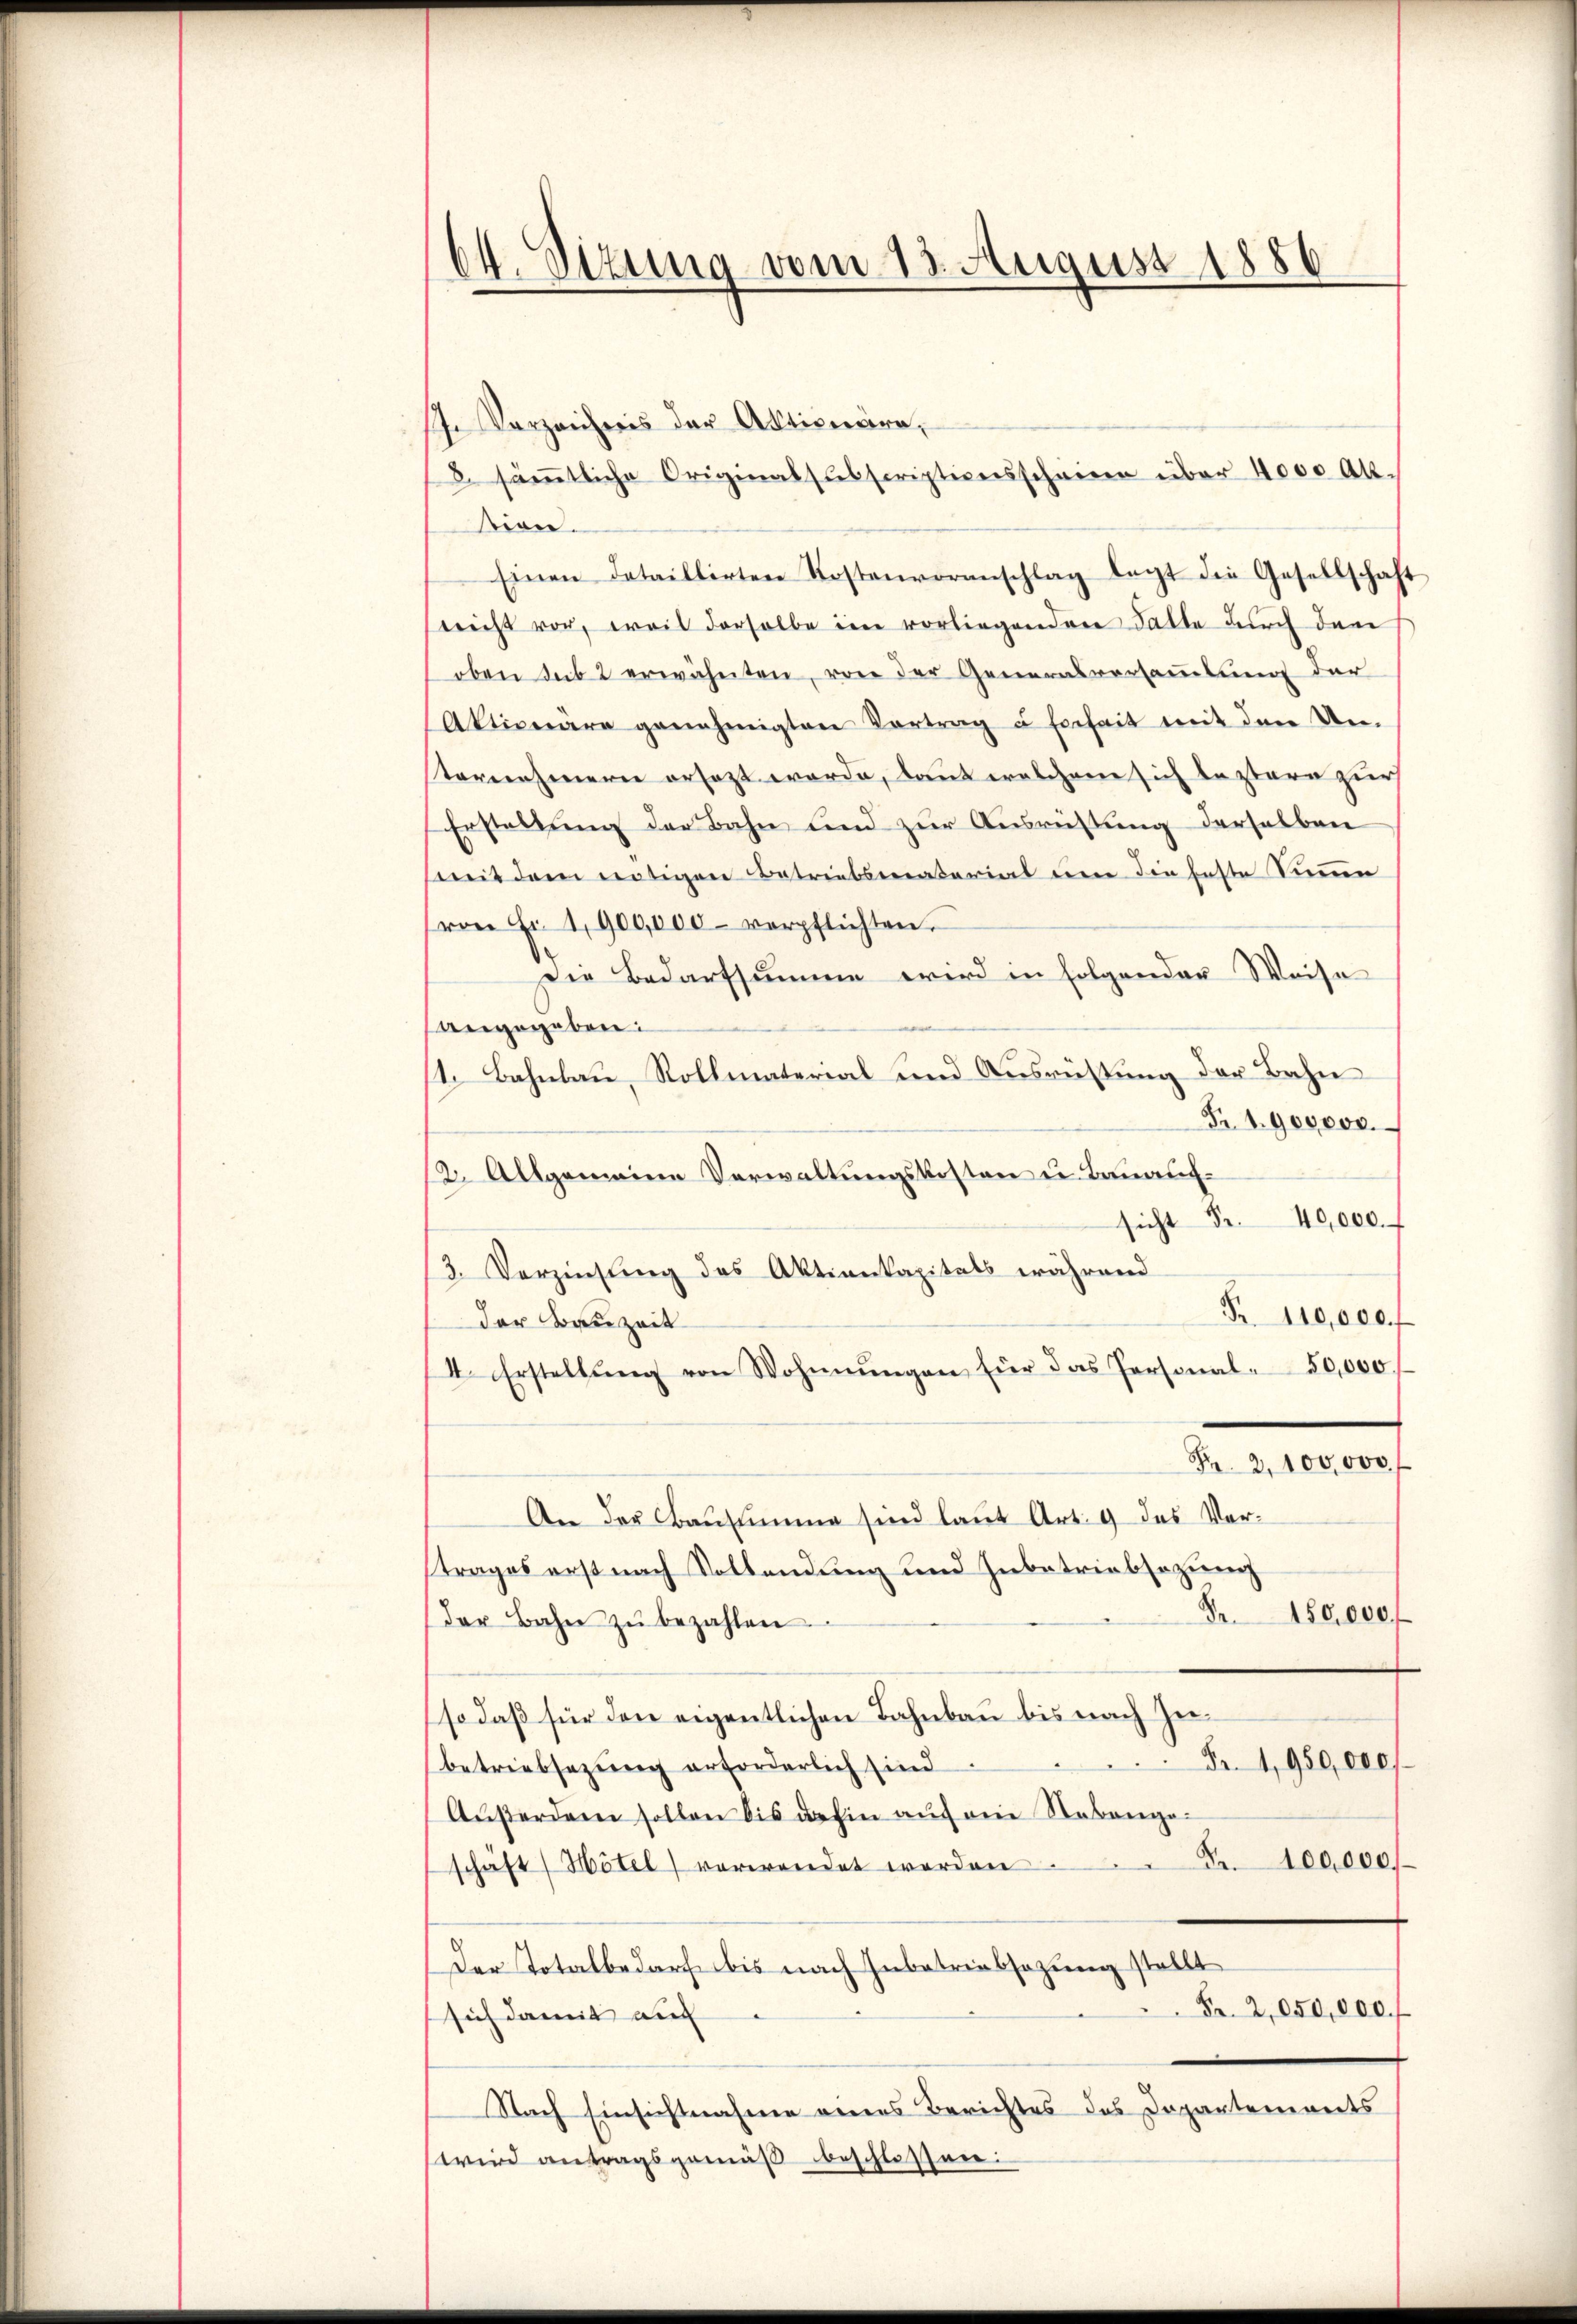
64. Sizung vom 13. August 1886.

J. Verzeichnis der Aktionäre,
/8 säṁtliche Original subscriptionsschenen über 4000 Al.
sion.
Einen dataillirten Kostenvoranschlag legt die Gesellschaft
(nicht vor, weil derselbe im vorliegenden Falle durch dan
oben sub 2 erwähnten, von der Generalversammlung der
Aktionare genehmigten Vertrag u Erhait mit den Un-
ternehmern ersezt werde, laut welchem sich bestare zur
Erstellung der Bahn und zur Ausrüstung derselben
mit dem nötigen Betriebsmaterial von die feste Sumen
von Fr. 1900,000 verpflichten.
Die Bedarfsumme wird in folgender Weise
angegeben:
1. Bahnbau, Rollmaterial und Ausrüstung der Bahn
Fr. 1. 900000.
12. Allgemeine Verwaltungskosten u. Bauauf-
sicht Fr. 40,000.
/3. Verzinsung des Aktienkapitals während
R. 110,000. f
der Bauzeit
I. Erstellŭng von Wohnnŭngen für das Personal- 50,000.
Fr. 2, 100,000 f
An der Bausumme sind laut Art. 9 des Vertrages erst nach Vollendung und Zubetriebsazung
Fr. 150,000
der Bahn zŭ bezahlen
so daß für den eigentlichen Bahnbau bis nach Zu¬
Fr. 1950,000
betriebsazung erforderlich sind
Außerdem sollen bis dahin auf ein Nebenge-
Fr. 100,000
schäft / Hötel) verwendet worden
Der Totalbedarf bis nach Hubatriabsazung stellt
Fr. 2,050,000 f
sich damit auf
Nach Einsichtnahme eines Berichtes des Departements
wird antragsgemäß beschlossen: